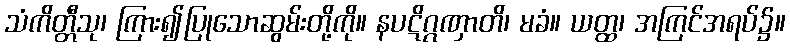
သံကိတ္တီသု၊ ကြား၍ပြုသောဆွမ်းတို့ကို။ နပဋိဂ္ဂဏှာတိ၊ မခံ။ ယတ္ထ၊ အကြင်အရပ်၌။